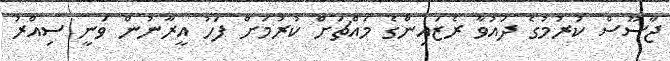
ޖާސޫސް ކުރުމުގެ ދައުވާ ރެޒައިންގެ މައްޗަށް ކުރުމަށް ފަހު އީރާނުން ވަނީ ސިއްރު